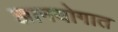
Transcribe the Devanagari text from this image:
ज्ञानयोगात